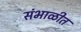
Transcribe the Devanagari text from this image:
संभाळीत